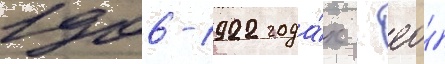
1906-1922 года́х - ео́